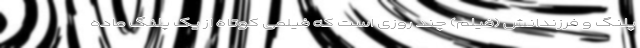
پلنگ و فرزندانش (فیلم) چند روزی است که فیلمی کوتاه از یک پلنگ ماده